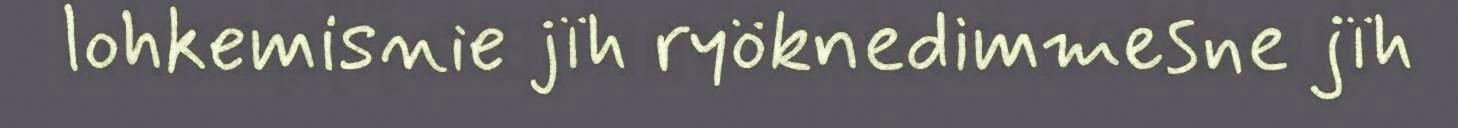
lohkemisnie jïh ryöknedimmesne jïh